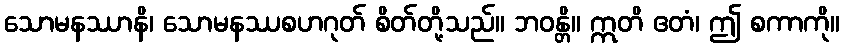
သောမနဿာနိ၊ သောမနဿစဟဂုတ် စိတ်တို့သည်။ ဘဝန္တိ။ ဣတိ ဧတံ၊ ဤ စကာကို။